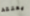
يعتقد